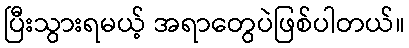
ပြီးသွားရမယ့် အရာတွေပဲဖြစ်ပါတယ်။